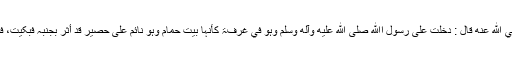
عَنْ عَبْدِ اﷲِ بْنِ مَسْعُوْدٍ رضي الله عنه قَالَ : دَخَلْتُ عَلٰی رَسُوْلِ اﷲِ صلى الله عليه وآله وسلم وَہُوَ فِي غُرْفَۃٍ کَأَنَّہَا بَیْتُ حَمَامٍ وَہُوَ نَائِمٌ عَلٰی حَصِیْرٍ قَدْ أَثَّرَ بِجَنْبِہِ فَبَکَیْتُ، فَقَالَ : مَا یُبْکِیْکَ یَا عَبْدَ اﷲِ؟